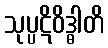
သုပ္ပဋိဝိဒ္ဓါတိ